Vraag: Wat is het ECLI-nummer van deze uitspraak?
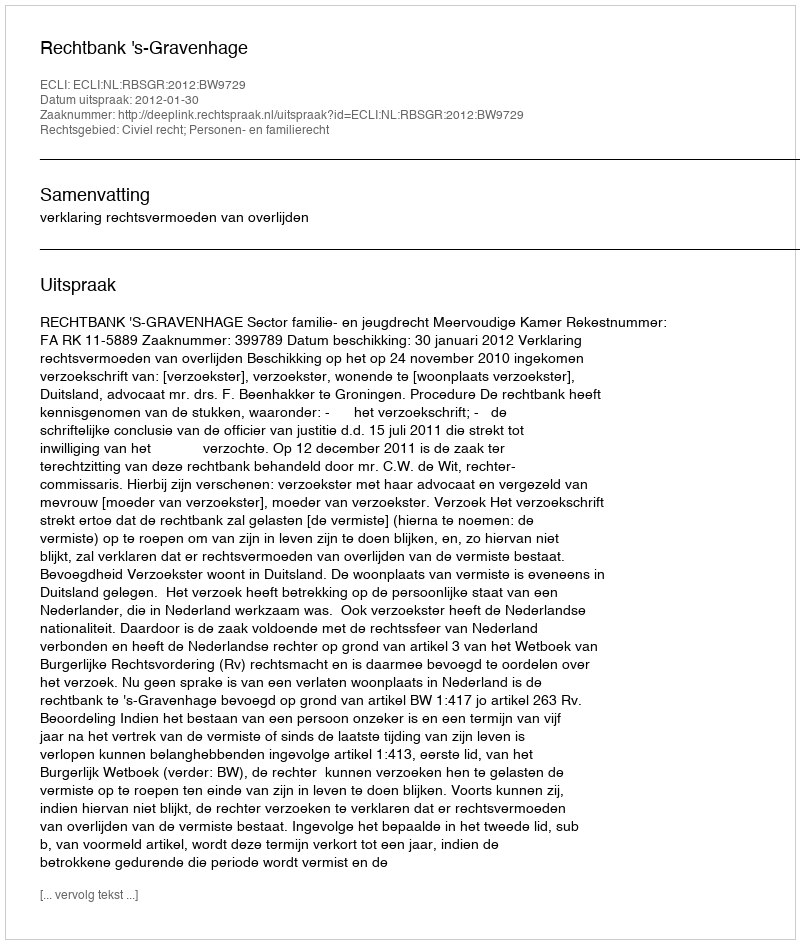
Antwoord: ECLI:NL:RBSGR:2012:BW9729